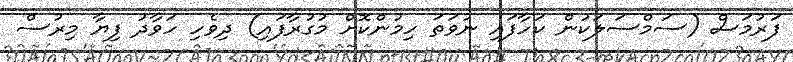
ފަރުމަސް (ސަމްސަލަކުން ކަހާފައި ނުވަތަ ހިމުންކޮށް މުގުރާފައި) ދިވެހި ހަވާދު ފިޔާ މިރުސް